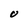
Character: U